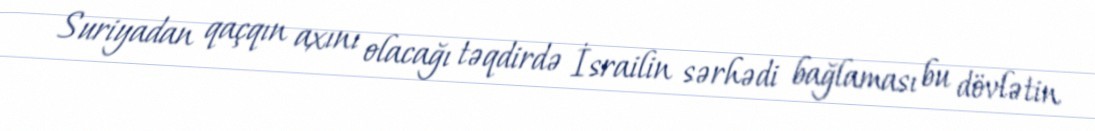
Suriyadan qaçqın axını olacağı təqdirdə İsrailin sərhədi bağlaması bu dövlətin